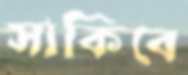
সাকিবে